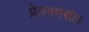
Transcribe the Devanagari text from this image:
प्रेतनगरांत